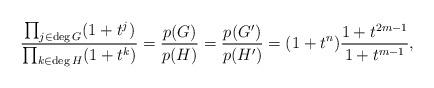
LaTeX: \begin{align*}\frac{\prod_{j \in \deg G}(1+t^j)}{\prod_{k \in \deg H}(1+t^k)}= \frac{p(G)}{p(H)} = \frac{p(G')}{p(H')} = (1+t^n)\frac{1+t^{2m-1}}{1+t^{m-1}}\mathrlap,\end{align*}